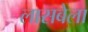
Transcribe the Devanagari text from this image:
लासबेला